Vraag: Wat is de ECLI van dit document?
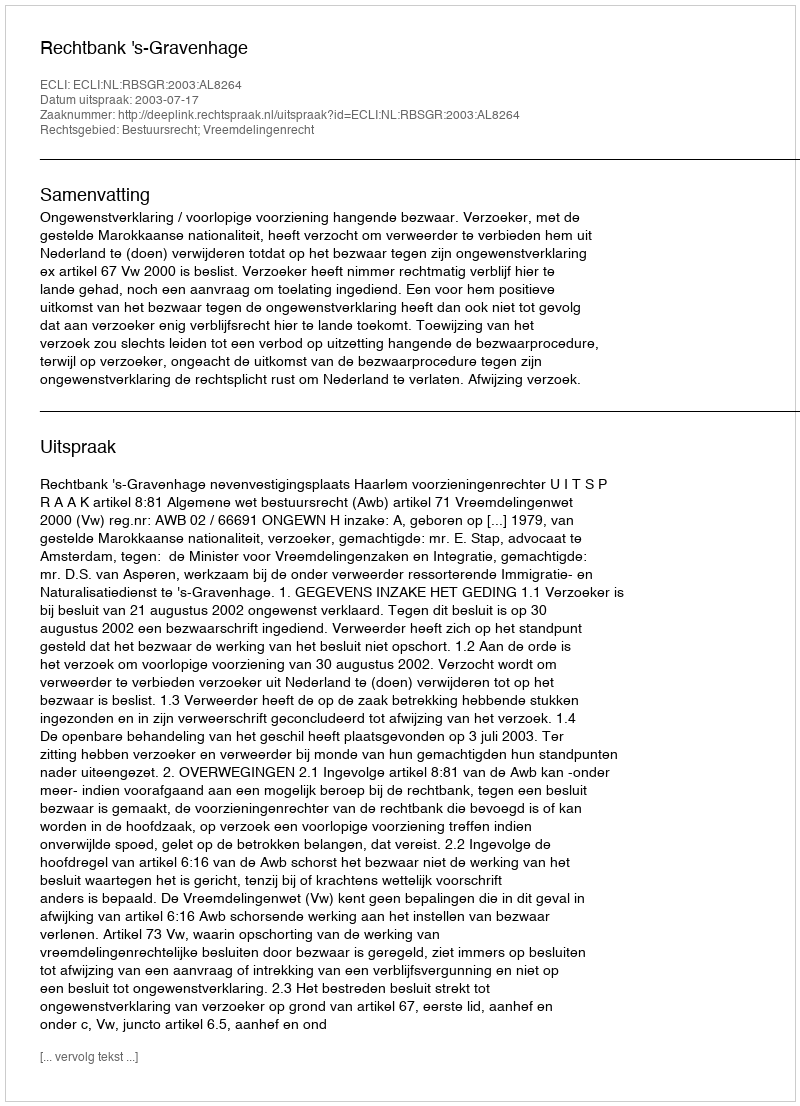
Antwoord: ECLI:NL:RBSGR:2003:AL8264